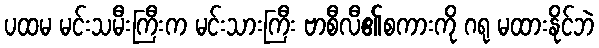
ပထမ မင်းသမီးကြီးက မင်းသားကြီး ဗာစီလီ၏စကားကို ဂရု မထားနိုင်ဘဲ